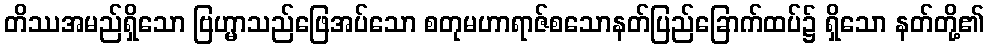
တိဿအမည်ရှိသော ဗြဟ္မာသည်ဖြေအပ်သော စတုမဟာရာဇ်စသောနတ်ပြည်ခြောက်ထပ်၌ ရှိသော နတ်တို့၏